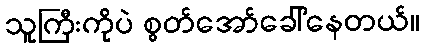
သူကြီးကိုပဲ စွတ်အော်ခေါ်နေတယ်။